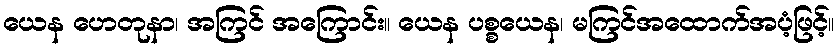
ယေန ဟေတုနာ၊ အကြင် အကြောင်း။ ယေန ပစ္စယေန၊ မကြင်အထောက်အပံ့ဖြင့်။